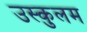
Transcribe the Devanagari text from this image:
उस्कुलम